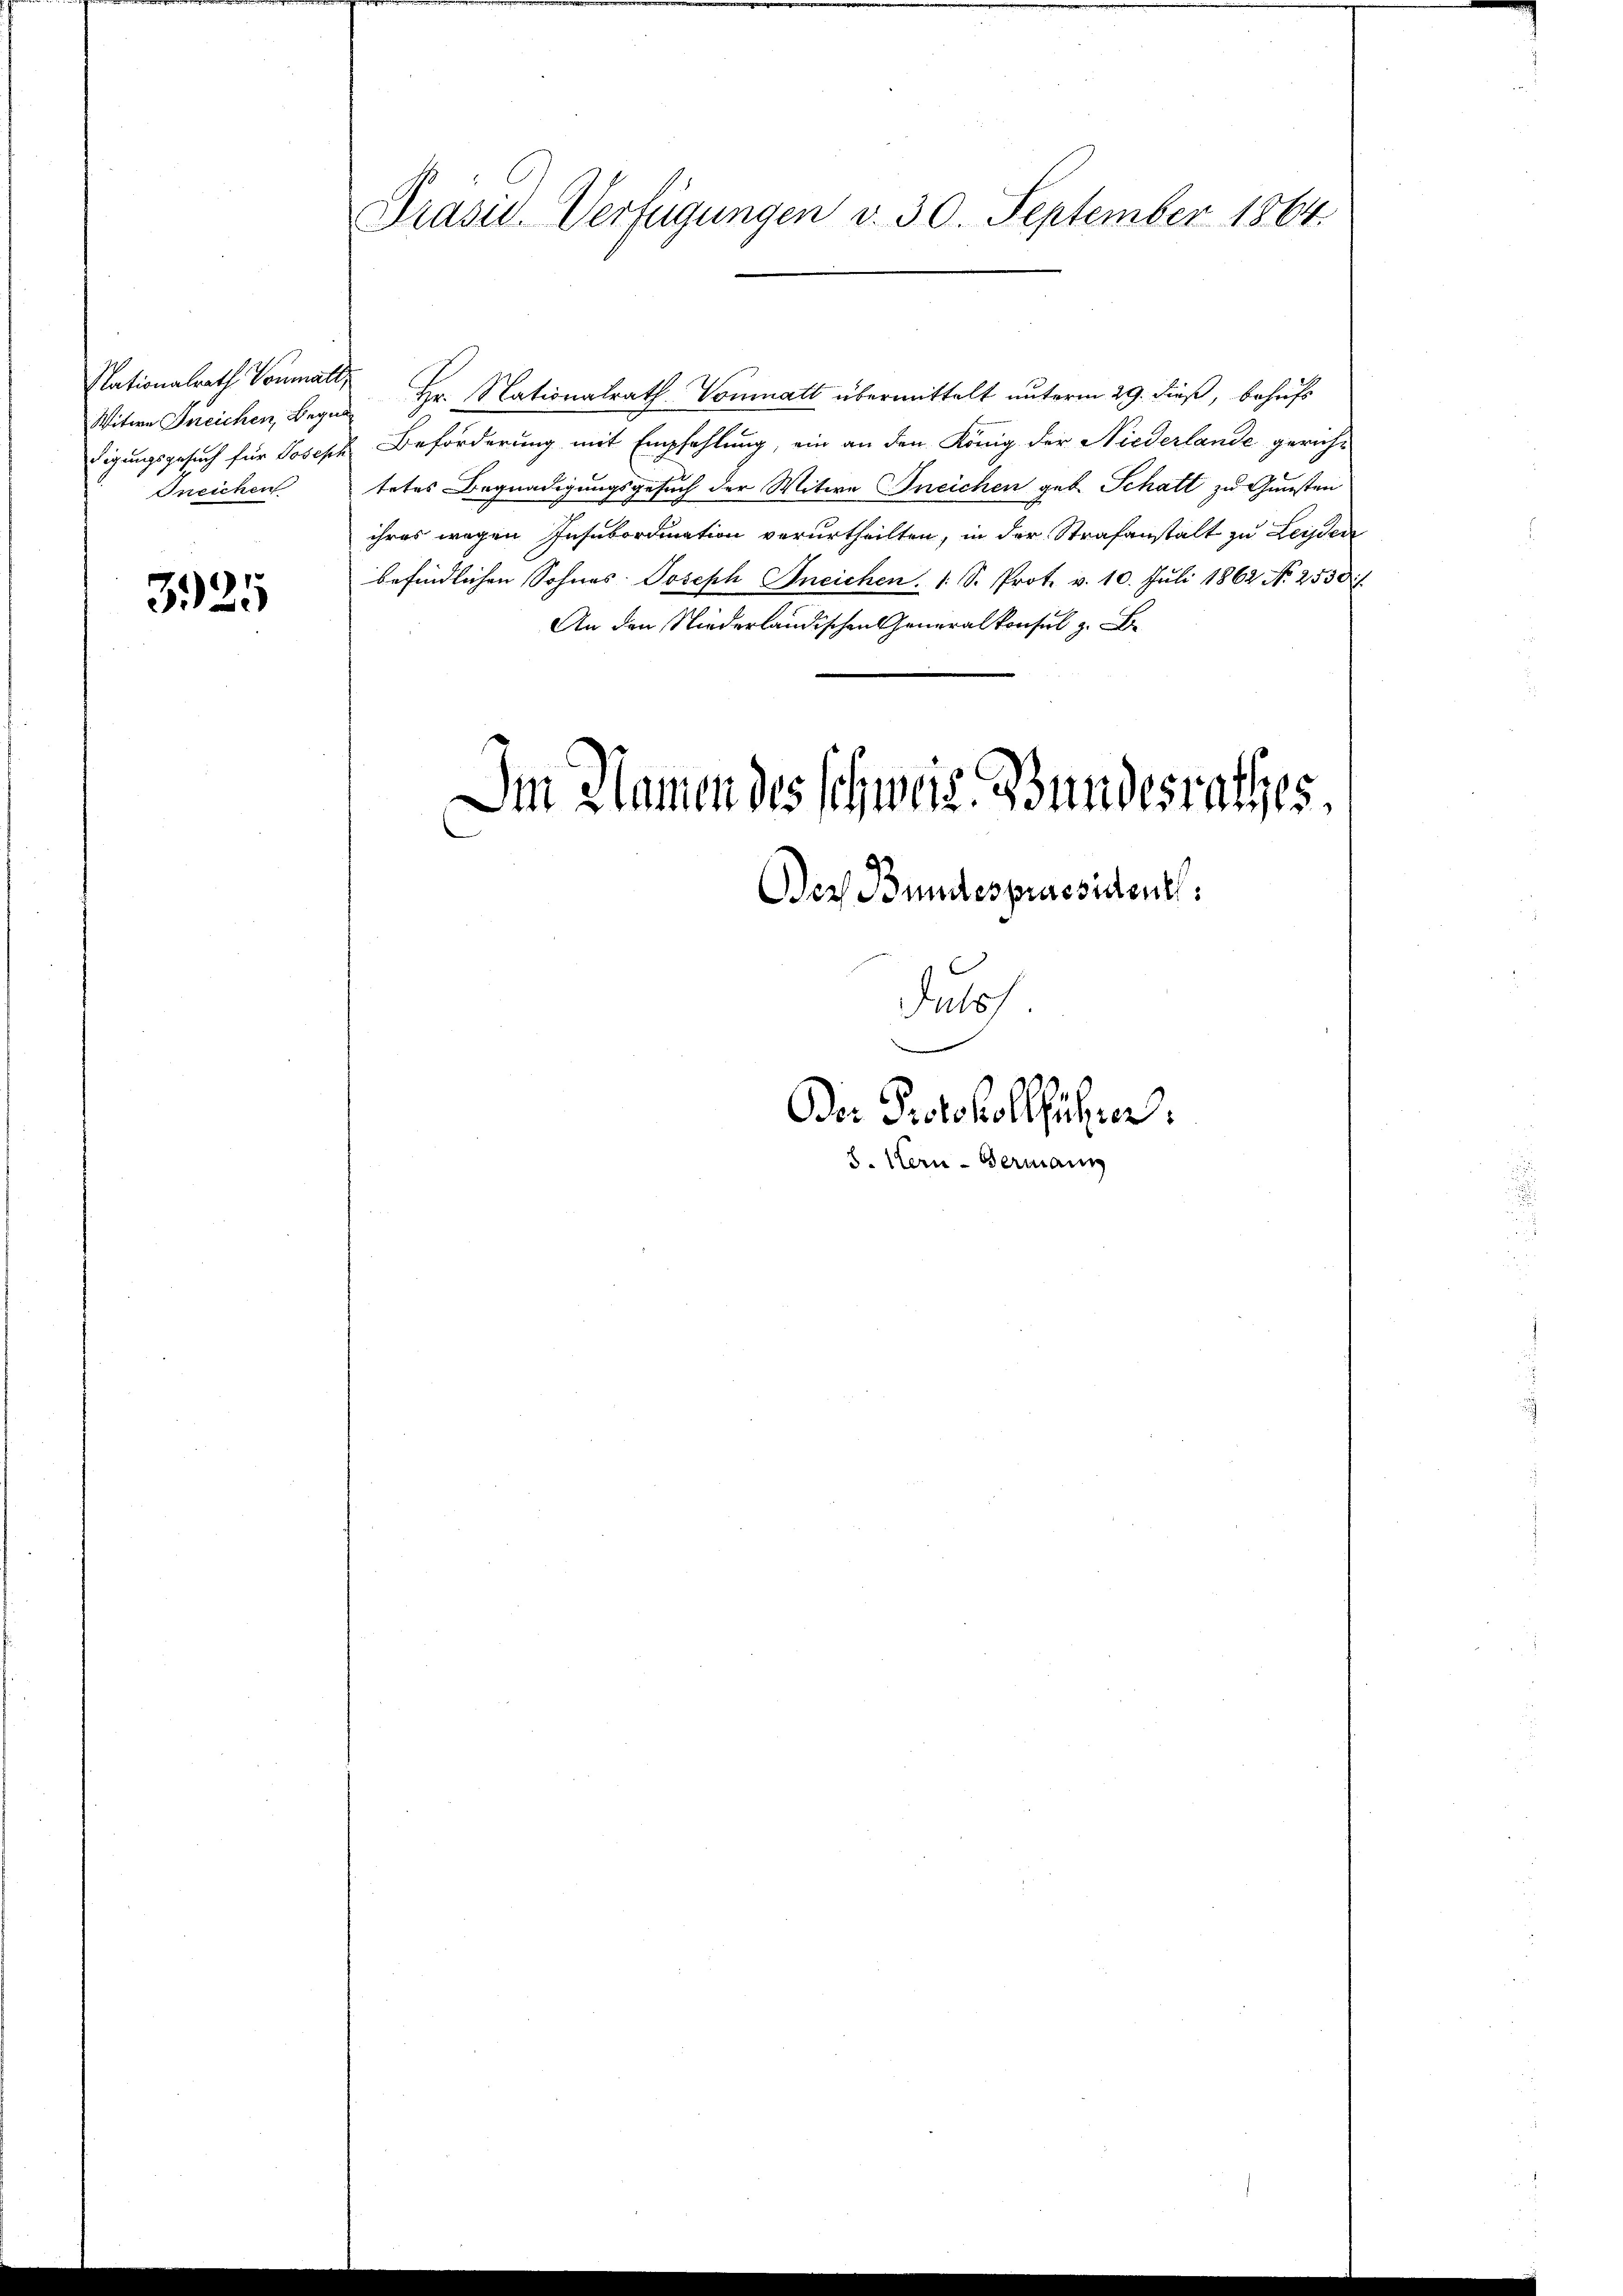
Nationalrath Vormat
Witwe Ineichen, Begn
digungsgesuch für Joseph
Ineichen

3925

Präsid. Verfügungen v. 30. September 1864.

Hr. Nationalrath-Vonnatt übermittelt unterm 29. dieß, behufs
Beförderung mit Empfehlung, ein an den König der Niederlande gericht
tetes Begnadigungsgesuch der Witwe Bneichen geb. Schatt zu Gunsten
ihres wegen Insubordination verurtheilten, in der Strafanstalt zu Leister
befindlichen Sohnes Joseph Bneichen. 1 S. Prot. v. 10. Juli 1862 No 2530 f.

Im Namen des schweiz. Bundesrathes,
Der Bundespraesidentl
Juls

Der Protokollführen.
8. Hern-Bermann